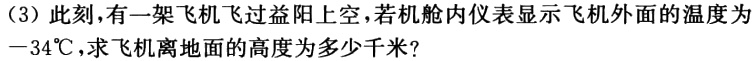
（3）此刻，有一架飞机飞过益阳上空，若机舱内仪表显示飞机外面的温度为$-34^{\circ}C$，求飞机离地面的高度为多少千米？